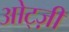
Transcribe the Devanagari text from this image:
ओट्ज़ी